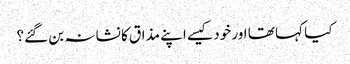
کیا کہا تھا اور خود کیسے اپنے مذاق کا نشانہ بن گئے؟